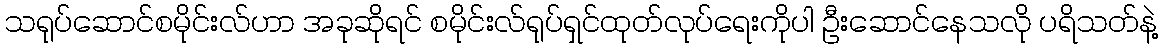
သရုပ်ဆောင်စမိုင်းလ်ဟာ အခုဆိုရင် စမိုင်းလ်ရုပ်ရှင်ထုတ်လုပ်ရေးကိုပါ ဦးဆောင်နေသလို ပရိသတ်နဲ့